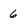
Character: 6